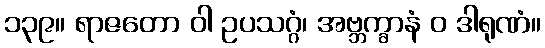
၁၃၉။ ရာဇတော ဝါ ဥပသဂ္ဂံ၊ အဗ္ဘက္ခာနံ ဝ ဒါရုဏံ။